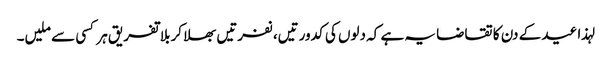
لہذا عید کے دن کا تقاضا یہ ہے کہ دلوں کی کدورتیں، نفرتیں بھلا کر بلا تفریق ہر کسی سے ملیں۔